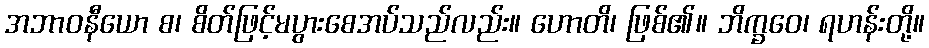
အဘာဝနီယော စ၊ စိတ်ဖြင့်မပွားစေအပ်သည်လည်း။ ဟောတိ၊ ဖြစ်၏။ ဘိက္ခဝေ၊ ရဟန်းတို့။